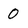
Character: 0